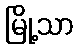
မြို့သာ